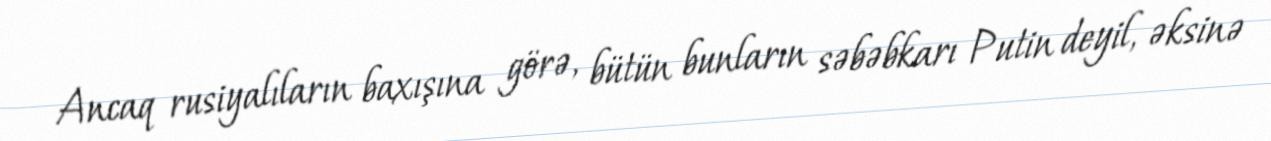
Ancaq rusiyalıların baxışına görə, bütün bunların səbəbkarı Putin deyil, əksinə